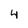
Character: 4